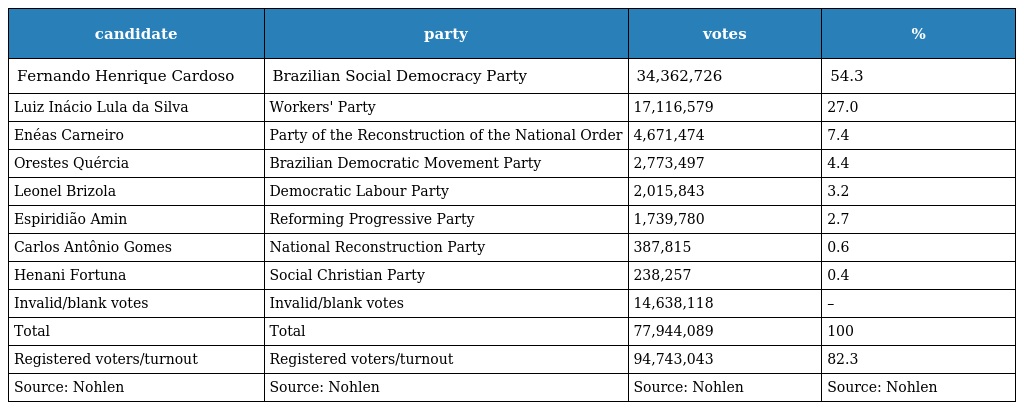
| candidate | party | votes | % |
 | --- | --- | --- | --- |
 | Fernando Henrique Cardoso | Brazilian Social Democracy Party | 34,362,726 | 54.3 |
 | Luiz Inácio Lula da Silva | Workers' Party | 17,116,579 | 27.0 |
 | Enéas Carneiro | Party of the Reconstruction of the National Order | 4,671,474 | 7.4 |
 | Orestes Quércia | Brazilian Democratic Movement Party | 2,773,497 | 4.4 |
 | Leonel Brizola | Democratic Labour Party | 2,015,843 | 3.2 |
 | Espiridião Amin | Reforming Progressive Party | 1,739,780 | 2.7 |
 | Carlos Antônio Gomes | National Reconstruction Party | 387,815 | 0.6 |
 | Henani Fortuna | Social Christian Party | 238,257 | 0.4 |
 | Invalid/blank votes | Invalid/blank votes | 14,638,118 | – |
 | Total | Total | 77,944,089 | 100 |
 | Registered voters/turnout | Registered voters/turnout | 94,743,043 | 82.3 |
 | Source: Nohlen | Source: Nohlen | Source: Nohlen | Source: Nohlen |